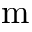
\mathrm { m }